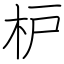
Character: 枦